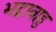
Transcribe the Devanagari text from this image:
भद्राबाहु